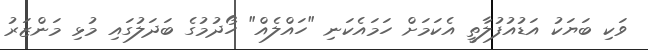
ވަކި ބަޔަކު އަޑުއުފުލާތީ އެކަމަށް ހަމައެކަނި "ހައްލެއް" ހޯދުމުގެ ބަދަލުގައި މުޅި މަންޒަރު